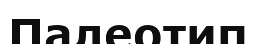
Палеотип